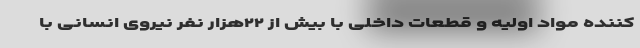
کننده مواد اولیه و قطعات داخلی با بیش از ٢٢هزار نفر نیروی انسانی با